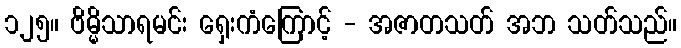
၁၂၅။ ဗိမ္မိသာရမင်း ရှေးကံကြောင့် - အဇာတသတ် အဘ သတ်သည်။